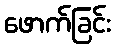
ဖောက်ခြင်း